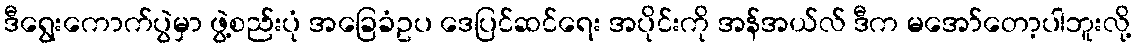
ဒီရွေးကောက်ပွဲမှာ ဖွဲ့စည်းပုံ အခြေခံဥပ ဒေပြင်ဆင်ရေး အပိုင်းကို အန်အယ်လ် ဒီက မအော်တော့ပါဘူးလို့